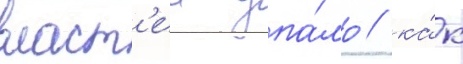
власт'еи упа́ло / ка́к